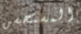
المستحسن